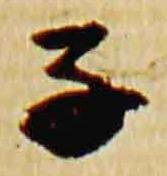
子